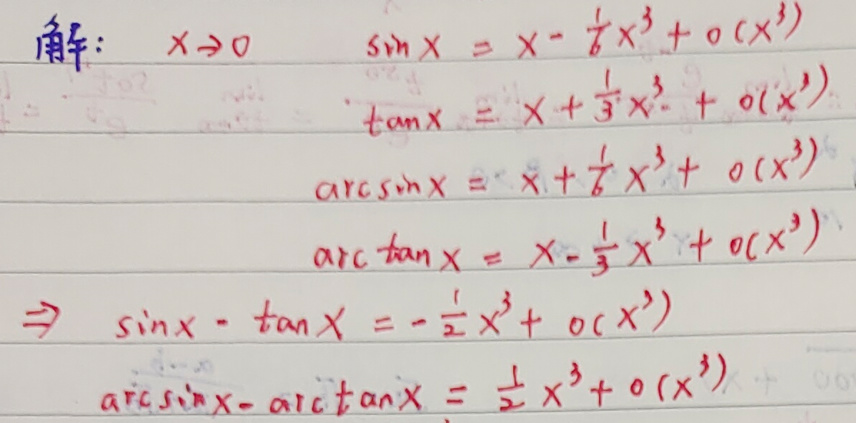
解：\(x\to 0\)\\
\(\sin x = x-\frac{1}{6}x^{3}+o(x^{3})\)\\
\(\tan x = x+\frac{1}{3}x^{3}+o(x^{3})\)\\
\(\arcsin x = x+\frac{1}{6}x^{3}+o(x^{3})\)\\
\(\arctan x = x-\frac{1}{3}x^{3}+o(x^{3})\)\\
\(\Rightarrow\sin x-\tan x = -\frac{1}{2}x^{3}+o(x^{3})\)\\
\(\arcsin x-\arctan x = \frac{1}{2}x^{3}+o(x^{3})\)